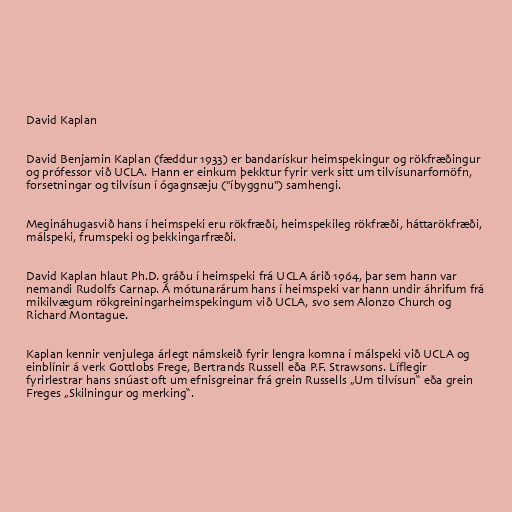
David Kaplan

David Benjamin Kaplan (fæddur 1933) er bandarískur heimspekingur og rökfræðingur
og prófessor við UCLA. Hann er einkum þekktur fyrir verk sitt um tilvísunarfornöfn,
forsetningar og tilvísun í ógagnsæju ("íbyggnu") samhengi.

Megináhugasvið hans í heimspeki eru rökfræði, heimspekileg rökfræði, háttarökfræði,
málspeki, frumspeki og þekkingarfræði.

David Kaplan hlaut Ph.D. gráðu í heimspeki frá UCLA árið 1964, þar sem hann var
nemandi Rudolfs Carnap. Á mótunarárum hans í heimspeki var hann undir áhrifum frá
mikilvægum rökgreiningarheimspekingum við UCLA, svo sem Alonzo Church og
Richard Montague.

Kaplan kennir venjulega árlegt námskeið fyrir lengra komna í málspeki við UCLA og
einblínir á verk Gottlobs Frege, Bertrands Russell eða P.F. Strawsons. Líflegir
fyrirlestrar hans snúast oft um efnisgreinar frá grein Russells „Um tilvísun“ eða grein
Freges „Skilningur og merking“.